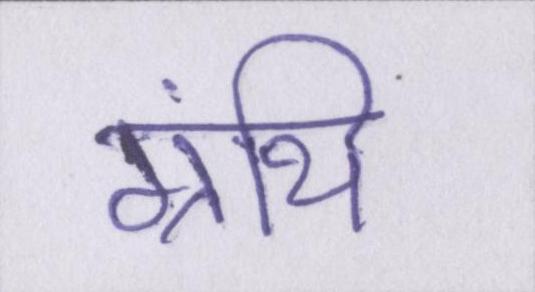
ग्रंथि